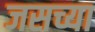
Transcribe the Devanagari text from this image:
जसच्या